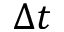
\Delta t